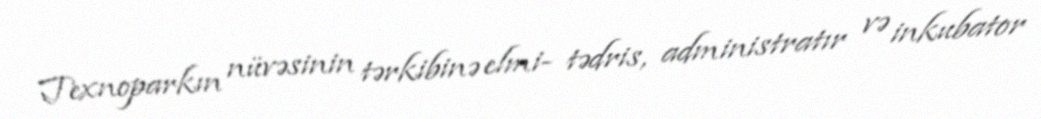
Texnoparkın nüvəsinin tərkibinə elmi- tədris, administratır və inkubator